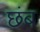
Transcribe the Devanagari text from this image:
छंब